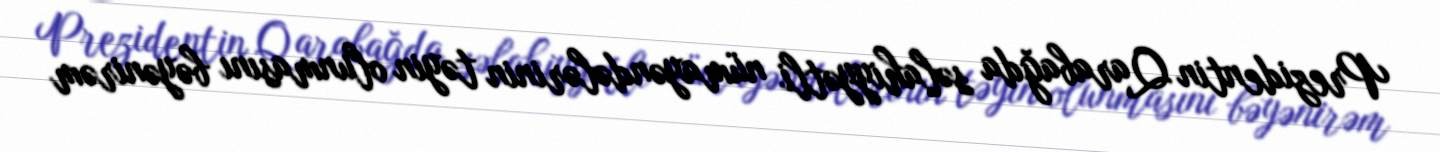
Prezidentin Qarabağda səlahiyyətli nümayəndələrinin təyin olunmasını bəyənirəm